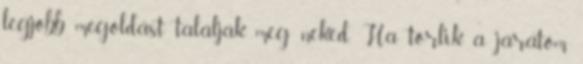
legjobb megoldást találják meg neked. Ha törlik a járatom,